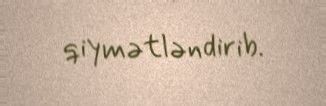
qiymətləndirib.